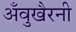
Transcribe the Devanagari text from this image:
अँवुखैरनी